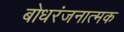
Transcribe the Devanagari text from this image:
बोधरंजनात्मक